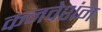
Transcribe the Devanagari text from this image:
कनवेशंन